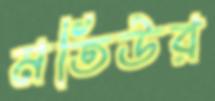
মতিউর